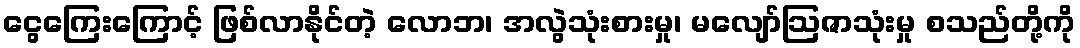
ငွေကြေးကြောင့် ဖြစ်လာနိုင်တဲ့ လောဘ၊ အလွဲသုံးစားမှု၊ မလျော်ဩဇာသုံးမှု စသည်တို့ကို